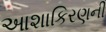
આશાકિરણની